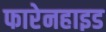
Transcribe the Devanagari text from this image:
फारेनहाइड